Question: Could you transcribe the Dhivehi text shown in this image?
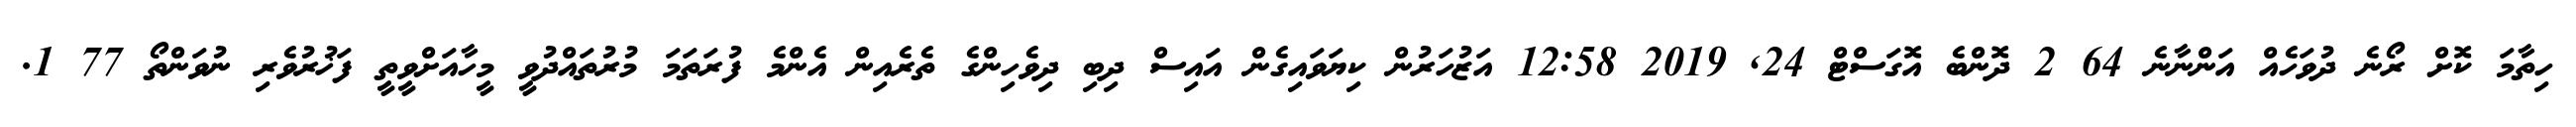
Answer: ހިތާމަ ކޮށް ރޯނެ ދުވަހެއް އަންނާނެ 64 2 ދޮންބެ އޮގަސްޓް 24, 2019 12:58 އަޒުހަރުން ކިޔަވައިގެން އައިސް ދިބި ދިވެހިންގެ ތެރެއިން އެންމެ ފުރަތަމަ މުރުތައްދުވީ މީހާއަށްވީތީ ފަޚުރުވެރި ނުވަންތޯ 77 1.